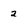
Character: 2